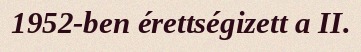
1952-ben érettségizett a II.